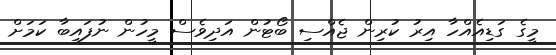
މީގެ ގަޑިއެއްހާ އިރު ކުރިން ޖެއްސި ބޯޓުން އަދިވެސް މީހުން ނުފައިބާ ކަމަށް